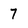
Character: 7